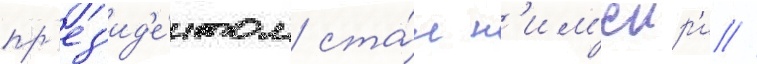
пр'ез'ид'е́нтом ста́л н'им'еир'и //